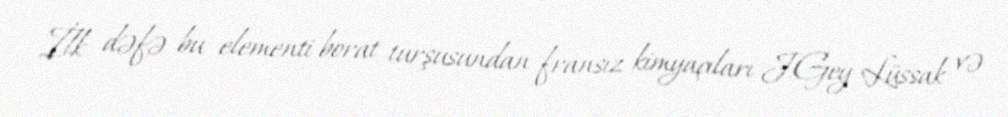
İlk dəfə bu elementi borat turşusundan fransız kimyaçıları J.Gey-Lüssak və